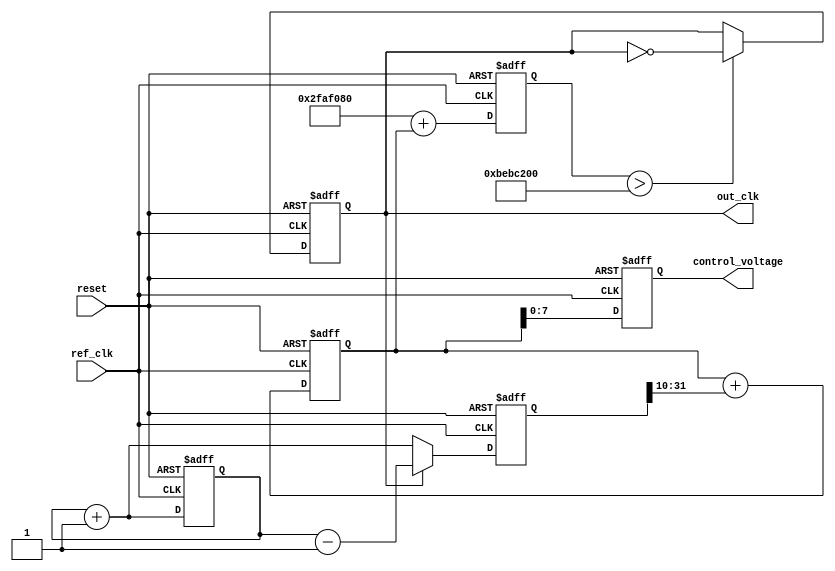
module PLL (
    input wire ref_clk,        // Reference clock input
    input wire reset,          // Asynchronous reset
    output reg out_clk,        // Output clock
    output reg [7:0] control_voltage // Control voltage for VCO
);

    // Parameters
    parameter REF_FREQ = 50_000_000; // Reference frequency in Hz
    parameter OUT_FREQ = 200_000_000; // Desired output frequency in Hz
    parameter LOOP_BANDWIDTH = 10;    // Loop bandwidth (arbitrary units)

    // Internal signals
    reg [31:0] phase_error;           // Phase error signal
    reg [31:0] vco_frequency;          // VCO frequency
    reg [31:0] feedback_counter;       // Feedback counter for phase detection
    reg [31:0] loop_filter;            // Loop filter output

    // Phase Detector (PD)
    always @(posedge ref_clk or posedge reset) begin
        if (reset) begin
            phase_error <= 0;
            feedback_counter <= 0;
        end else begin
            // Simple phase comparison logic
            if (out_clk) begin
                phase_error <= feedback_counter - 1; // Increment phase error
            end else begin
                phase_error <= feedback_counter + 1; // Decrement phase error
            end
            feedback_counter <= feedback_counter + 1; // Increment feedback counter
        end
    end

    // Loop Filter (LF)
    always @(posedge ref_clk or posedge reset) begin
        if (reset) begin
            loop_filter <= 0;
        end else begin
            loop_filter <= loop_filter + (phase_error >> LOOP_BANDWIDTH); // Simple low-pass filter
        end
    end

    // Voltage-Controlled Oscillator (VCO)
    always @(posedge ref_clk or posedge reset) begin
        if (reset) begin
            out_clk <= 0;
            control_voltage <= 0;
            vco_frequency <= REF_FREQ; // Initialize VCO frequency to reference frequency
        end else begin
            // Update VCO frequency based on loop filter output
            vco_frequency <= REF_FREQ + loop_filter;

            // Generate output clock based on VCO frequency
            if (vco_frequency > OUT_FREQ) begin
                out_clk <= ~out_clk; // Toggle output clock
            end
            
            // Control voltage output (simplified)
            control_voltage <= loop_filter[7:0]; // Example 8-bit control voltage
        end
    end

endmodule